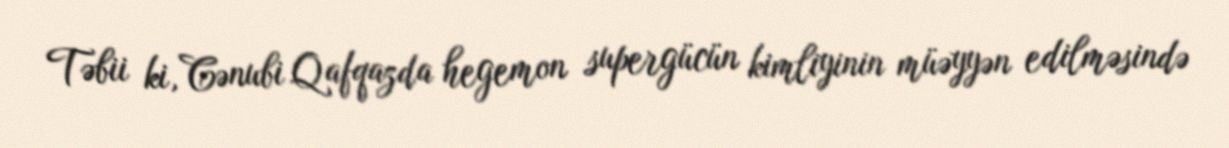
Təbii ki, Cənubi Qafqazda hegemon supergücün kimliyinin müəyyən edilməsində